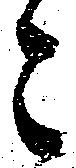
々